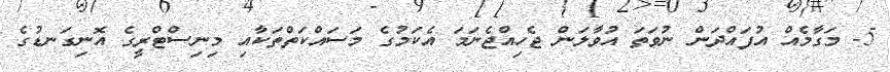
5- މަގާމެއް އުފައްދަން ނުވަތަ އުވާލަން ޖެހިއްޖެނަމަ އެކަމުގެ މަސައްކަތްތަކާއި މިނިސްޓްރީގެ އޮނިގަނޑުގެ